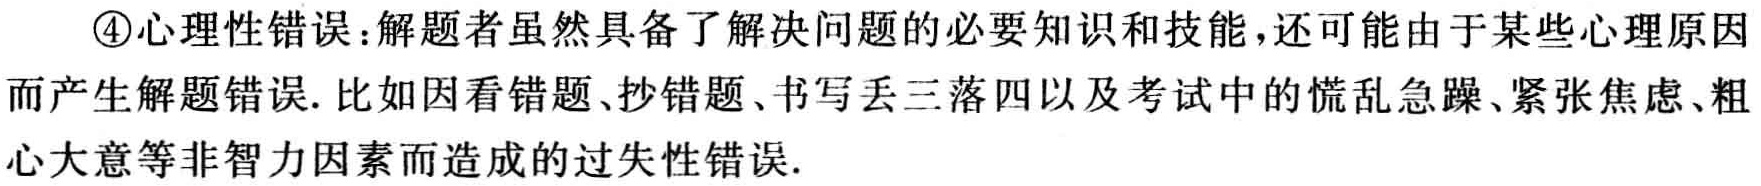
\textcircled{4}心理性错误：解题者虽然具备了解决问题的必要知识和技能，还可能由于某些心理原因而产生解题错误. 比如因看错题、抄错题、书写丢三落四以及考试中的慌乱急躁、紧张焦虑、粗心大意等非智力因素而造成的过失性错误.